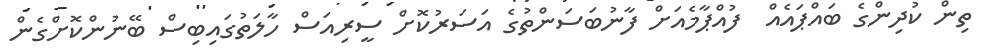
ތިން ކުދިންގެ ބައްޕައެއް  ފުއްޕާމެއަށް ފާނުބަސަންތުގެ އަސަރުކޮށް ސީރިއަސް ހާލަތުގައިބިސް ބޭނުންކޮށްގެން